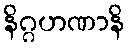
နိဂ္ဂဟဏာနိ